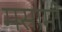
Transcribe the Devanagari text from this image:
मसामी